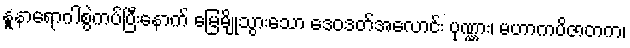
နူနာရောဂါစွဲကပ်ပြီးနောက် မြေမျိုသွားသော ဒေဝဒတ်အလောင်း ပုဏ္ဏား၊ မဟာကပိဇာတက၊